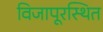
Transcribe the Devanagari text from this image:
विजापूरस्थित